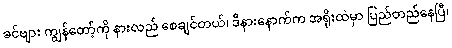
ခင်ဗျား ကျွန်တော့်ကို နားလည် စေချင်တယ်၊ ဒီနားနောက်က အရိုးထဲမှာ ပြည်တည်နေပြီ၊